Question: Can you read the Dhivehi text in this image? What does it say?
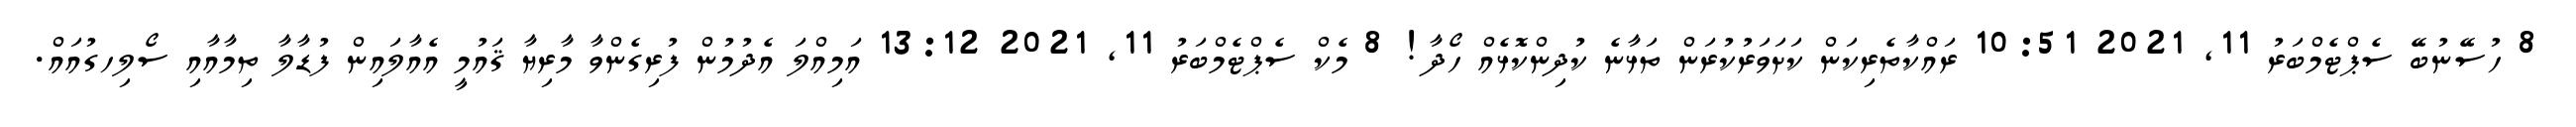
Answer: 8 ހުސޭނުބޭ ސެޕްޓެމްބަރު 11, 2021 10:51 ރައްކާތެރިކަން ކަށަވަރުކުރަން ތަޅާނެ ކުދިންކޮޅެއް ހޯދާ! 8 މެކް ސެޕްޓެމްބަރު 11, 2021 13:12 އަމިއްލަ އެދުމުން ފުރިގެންވާ މާރިޔާ ޤައުމީ އެއާލައިން ފުޑާލާ ތިމާއާއި ސޯލިހގުއައް.